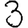
Digit: 3